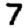
Digit: 7